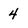
Character: 4